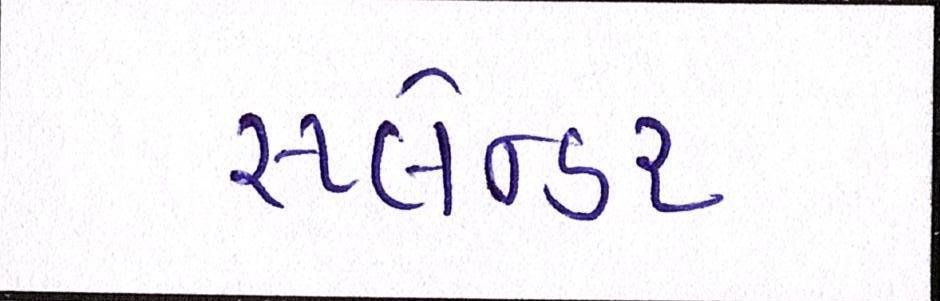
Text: સ્પ્લેન્ડર